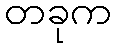
တခုက